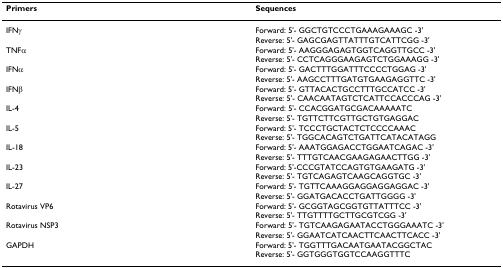
| Primers | Sequences |
 | --- | --- |
 | IFNγ | Forward: 5'- GGCTGTCCCTGAAAGAAAGC -3'Reverse: 5'- GAGCGAGTTATTTGTCATTCGG -3' |
 | TNFα | Forward: 5'- AAGGGAGAGTGGTCAGGTTGCC -3'Reverse: 5'- CCTCAGGGAAGAGTCTGGAAAGG -3' |
 | IFNα | Forward: 5'- GACTTTGGATTTCCCCTGGAG -3'Reverse: 5'- AAGCCTTTGATGTGAAGAGGTTC -3' |
 | IFNβ | Forward: 5'- GTTACACTGCCTTTGCCATCC -3'Reverse: 5'- CAACAATAGTCTCATTCCACCCAG -3' |
 | IL-4 | Forward: 5'- CCACGGATGCGACAAAAATCReverse: 5'- TGTTCTTCGTTGCTGTGAGGAC |
 | IL-5 | Forward: 5'- TCCCTGCTACTCTCCCCAAACReverse: 5'- TGGCACAGTCTGATTCATACATAGG |
 | IL-18 | Forward: 5'- AAATGGAGACCTGGAATCAGAC -3'Reverse: 5'- TTTGTCAACGAAGAGAACTTGG -3' |
 | IL-23 | Forward: 5'-CCCGTATCCAGTGTGAAGATG -3'Reverse: 5'- TGTCAGAGTCAAGCAGGTGC -3' |
 | IL-27 | Forward: 5'- TGTTCAAAGGAGGAGGAGGAC -3'Reverse: 5'- GGATGACACCTGATTGGGG -3' |
 | Rotavirus VP6 | Forward: 5'- GCGGTAGCGGTGTTATTTCC -3'Reverse: 5'- TTGTTTTGCTTGCGTCGG -3' |
 | Rotavirus NSP3 | Forward: 5'- TGTCAAGAGAATACCTGGGAAATC -3'Reverse: 5'- GGAATCATCAACTTCAACTTCACC -3' |
 | GAPDH | Forward: 5'- TGGTTTGACAATGAATACGGCTACReverse: 5'- GGTGGGTGGTCCAAGGTTTC |